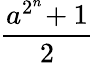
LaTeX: \frac{a^{2^{n}}\! +1}{2}